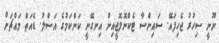
ނޫނީ ސިހުރު ޖެހިފައޭ. ސައިންސާ ޓެކްނޮލޮޖީއިން އިނގޭނީ ކަންކަމުގެ އަސްލު. ޑެއަތް މައްޗަށް